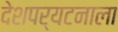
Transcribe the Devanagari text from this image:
देशपर्यटनाला